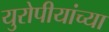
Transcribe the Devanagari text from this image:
युरोपीयांच्या